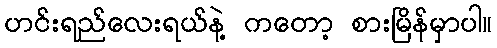
ဟင်းရည်လေးရယ်နဲ့ ကတော့ စားမြိန်မှာပါ။